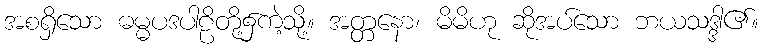
အစရှိသော ဓမ္မပဒပါဠိတို့၌ကဲ့သို့။ အတ္တနော၊ မိမိဟု ဆိုအပ်သော ဘယသဒ္ဒါ၏။